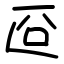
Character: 㔯